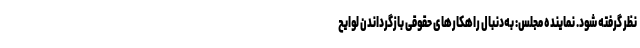
نظر گرفته شود. نماینده مجلس: به‌دنبال راهکارهای حقوقی بازگرداندن لوایح